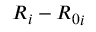
R _ { i } - { R _ { 0 } } _ { i }